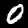
Label: 0